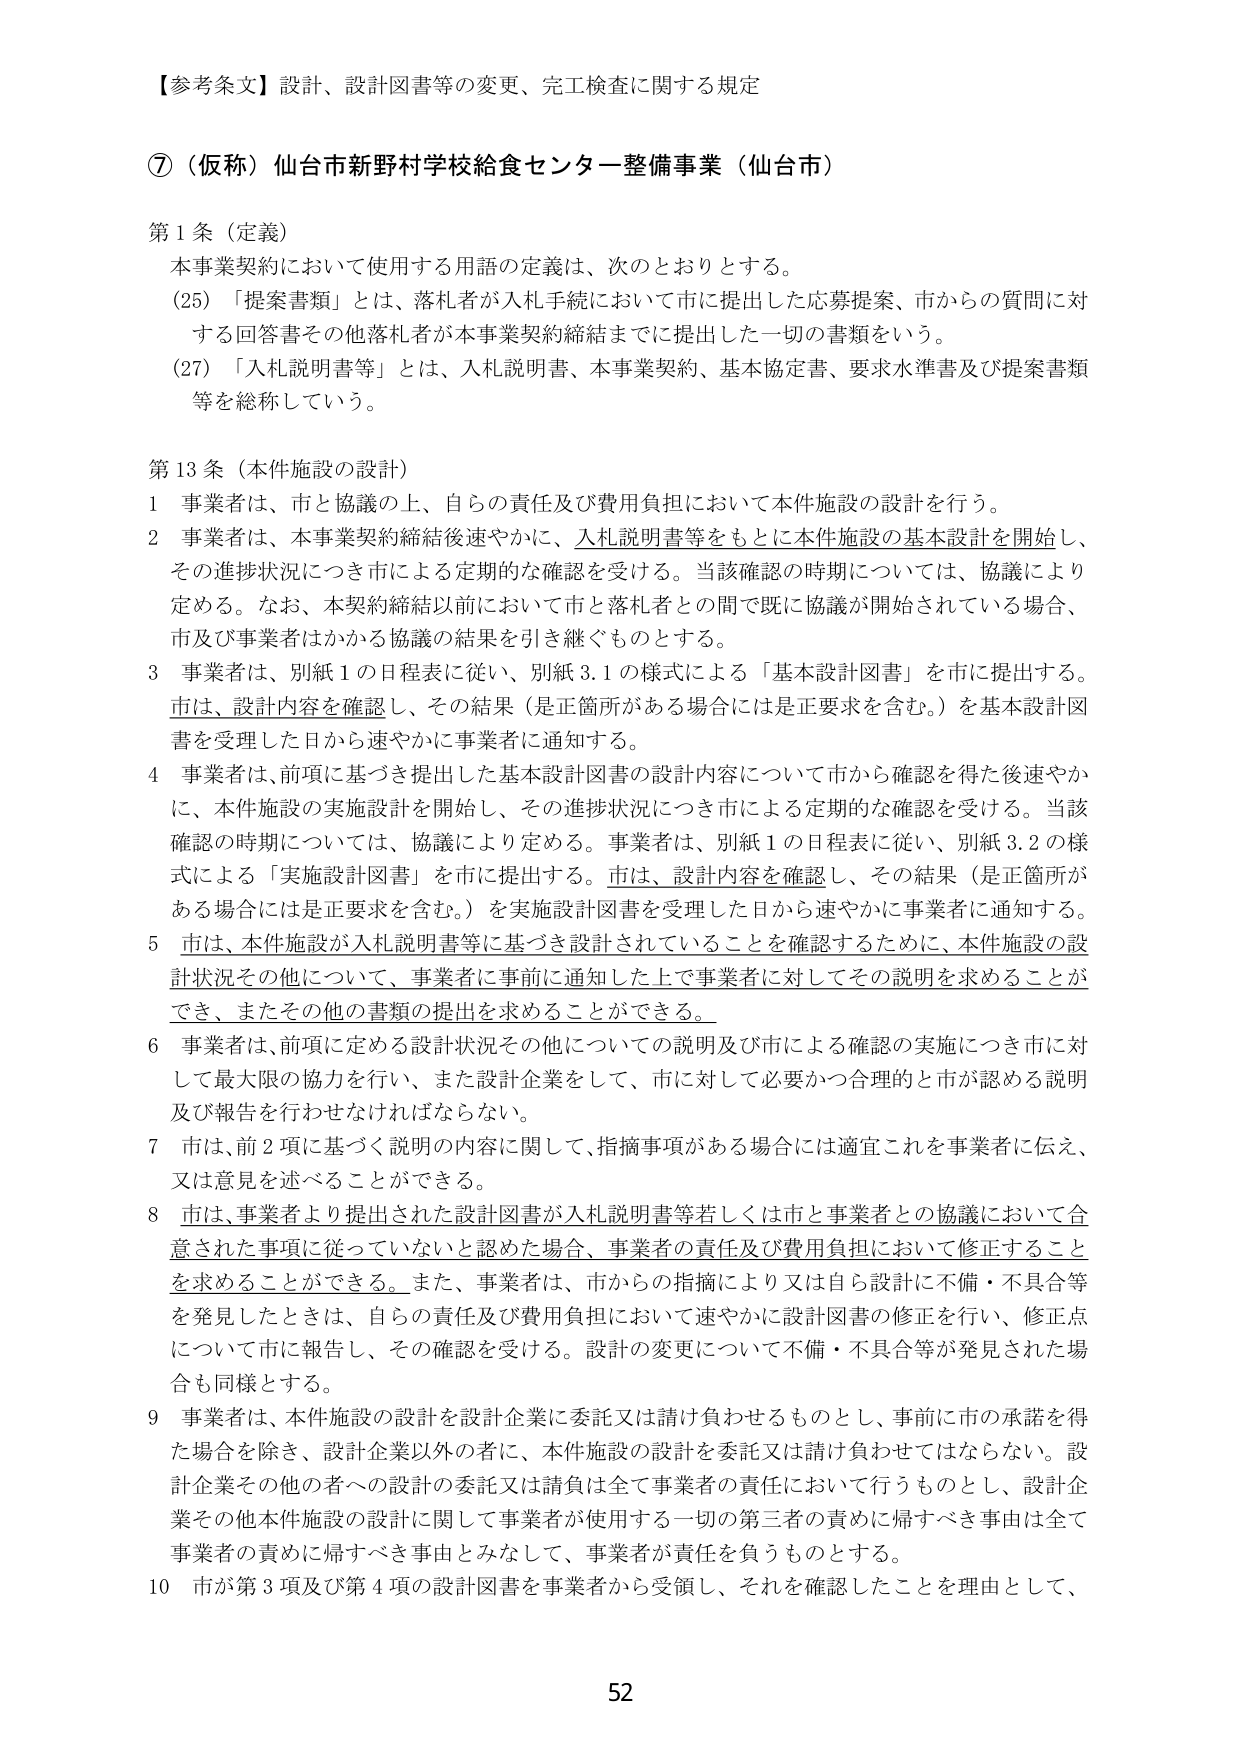
【参考条文】設計、設計図書等の変更、完工検査に関する規定

⑦（仮称）仙台市新野村学校給食センター整備事業（仙台市）

第1条（定義）
本事業契約において使用する用語の定義は、次のとおりとする。
(25)「提案書類」とは、落札者が入札手続において市に提出した応募提案、市からの質問に対する回答書その他落札者が本事業契約締結までに提出した一切の書類をいう。
(27)「入札説明書等」とは、入札説明書、本事業契約、基本協定書、要求水準書及び提案書類等を総称している。

第13条（本件施設の設計）
1 事業者は、市と協議の上、自らの責任及び費用負担において本件施設の設計を行う。
2 事業者は、本事業契約締結後速やかに、入札説明書等をもとに本件施設の基本設計を開始し、その進捗状況につき市による定期的な確認を受ける。当該確認の時期については、協議により定める。なお、本契約締結以前において市と落札者との間で既に協議が開始されている場合、市及び事業者はかかる協議の結果を引き継ぐものとする。
3 事業者は、別紙1の日程表に従い、別紙3.1の様式による「基本設計図書」を市に提出する。市は、設計内容を確認し、その結果（是正箇所がある場合には是正要求を含む。）を基本設計図書を受理した日から速やかに事業者に通知する。
4 事業者は、前項に基づき提出した基本設計図書の設計内容について市から確認を得た後速やかに、本件施設の実施設計を開始し、その進捗状況につき市による定期的な確認を受ける。当該確認の時期については、協議により定める。事業者は、別紙1の日程表に従い、別紙3.2の様式による「実施設計図書」を市に提出する。市は、設計内容を確認し、その結果（是正箇所がある場合には是正要求を含む。）を実施設計図書を受理した日から速やかに事業者に通知する。
5 市は、本件施設が入札説明書等に基づき設計されていることを確認するために、本件施設の設計状況その他について、事業者に事前に通知した上で事業者に対してその説明を求めることができ、またその他の書類の提出を求めることができる。
6 事業者は、前項に定める設計状況その他についての説明及び市による確認の実施につき市に対して最大限の協力を行い、また設計企業をして、市に対して必要かつ合理的と市が認める説明及び報告を行わせなければならない。
7 市は、前2項に基づく説明の内容に関して、指摘事項がある場合には適宜これを事業者に伝え、又は意見を述べることができる。
8 市は、事業者より提出された設計図書が入札説明書等若しくは市と事業者との協議において合意された事項に従っていないと認めた場合、事業者の責任及び費用負担において修正することを求めることができる。また、事業者は、市からの指摘により又は自ら設計に不備・不具合等を発見したときは、自らの責任及び費用負担において速やかに設計図書の修正を行い、修正点について市に報告し、その確認を受ける。設計の変更について不備・不具合等が発見された場合も同様とする。
9 事業者は、本件施設の設計を設計企業に委託又は請け負わせるものとし、事前に市の承諾を得た場合を除き、設計企業以外の者に、本件施設の設計を委託又は請け負わせてはならない。設計企業その他の者への設計の委託又は請負は全て事業者の責任において行うものとし、設計企業その他本件施設の設計に関して事業者が使用する一切の第三者の責めに帰すべき事由は全て事業者の責めに帰すべき事由とみなして、事業者が責任を負うものとする。
10 市が第3項及び第4項の設計図書を事業者から受領し、それを確認したことを理由として、

52